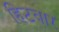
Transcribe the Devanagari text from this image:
हिटवार